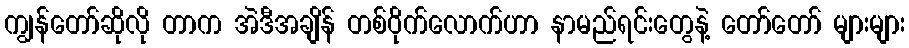
ကျွန်တော်ဆိုလို တာက အဲဒီအချိန် တစ်ဝိုက်လောက်ဟာ နာမည်ရင်းတွေနဲ့ တော်တော် များများ